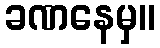
ခဏနေမှ။